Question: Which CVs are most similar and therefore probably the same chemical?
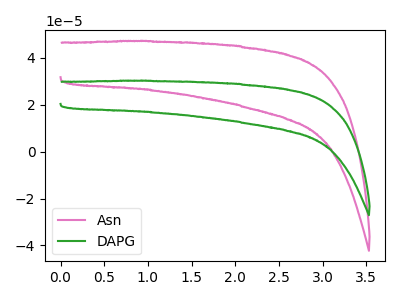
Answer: <think>The pink curve "Asn" has no peaks. The green curve "DAPG" has no peaks.
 Neither "Asn" or "DAPG" have any peaks.</think>
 <answer>"Asn" and "DAPG" have the same shape and are likely CV's of the same chemical.</answer>
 <eval>"Asn" "DAPG"</eval>